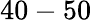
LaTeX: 40-50